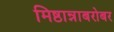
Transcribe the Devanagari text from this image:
मिष्ठान्नाबरोबर